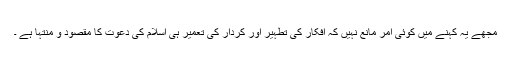
مجھے یہ کہنے میں کوئی امر مانع نہیں کہ افکار کی تطہیر اور کردار کی تعمیر ہی اسلام کی دعوت کا مقصود و منتہا ہے ۔